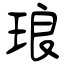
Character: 琅